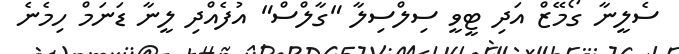
ސެލީނާ ގޯމޭޒް އަދި ޓީވީ ސިލްސިލާ "ގާލްސް" އުފެއްދި ލީނާ ޑަނަމް ހިމެނެ